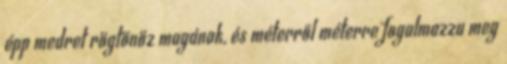
épp medret rögtönöz magának, és méterről méterre fogalmazza meg